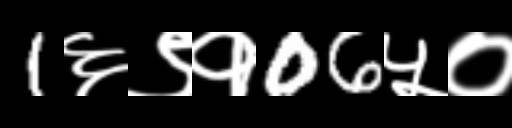
Text: 1६९१06५०